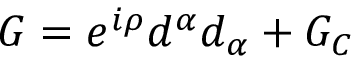
G = e ^ { i \rho } d ^ { \alpha } d _ { \alpha } + G _ { C }